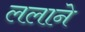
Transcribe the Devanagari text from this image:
ललाने